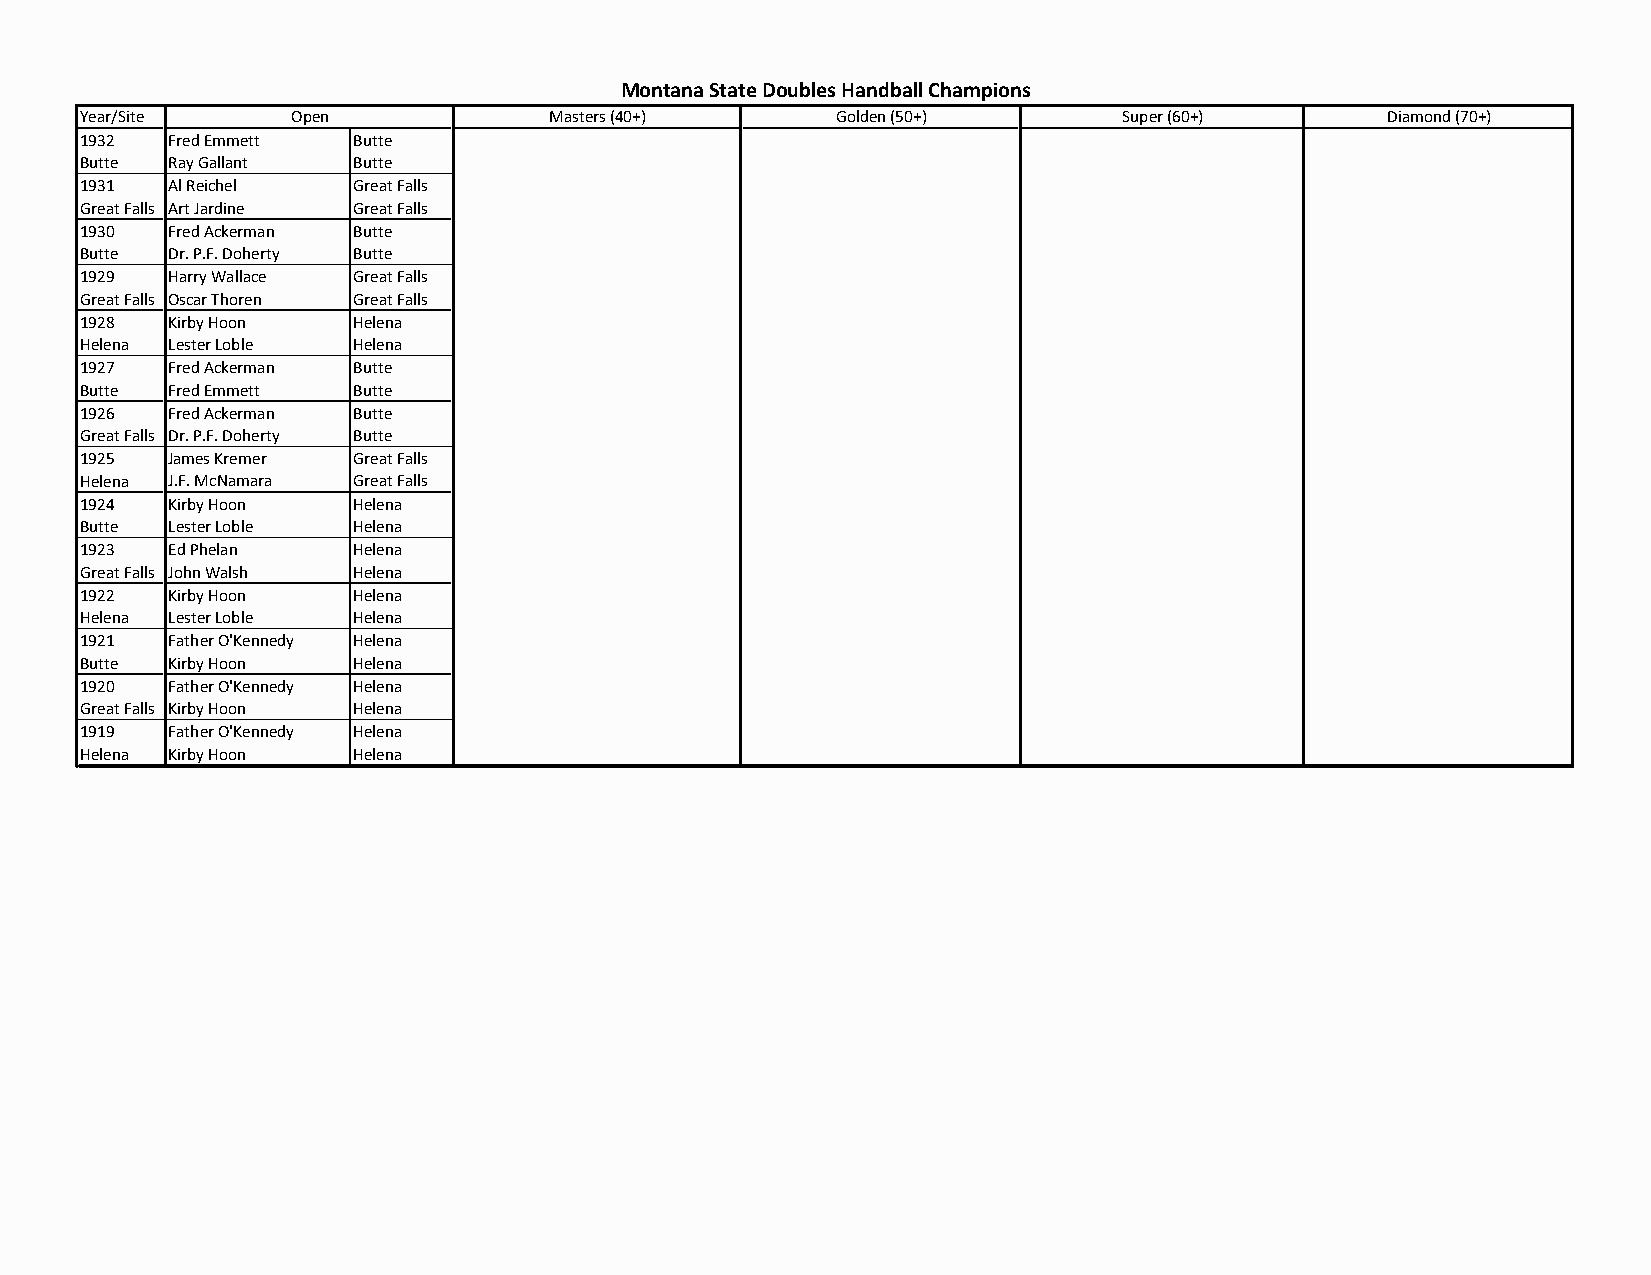
Montana State Doubles Handball Champions
 Year/Site     Open             Masters (40+)      Golden (50+)       Super (60+)       Diamond (70+)
 1932  Fred Emmett Butte
 Butte Ray Gallant Butte
 1931  Al Reichel  Great Falls
 Great Falls Art Jardine Great Falls
 1930  Fred Ackerman Butte
 Butte Dr. P.F. Doherty Butte
 1929  Harry Wallace Great Falls
 Great Falls Oscar Thoren Great Falls
 1928  Kirby Hoon  Helena
 Helena Lester Loble Helena
 1927  Fred Ackerman Butte
 Butte Fred Emmett Butte
 1926  Fred Ackerman Butte
 Great Falls Dr. P.F. Doherty Butte
 1925  James Kremer Great Falls
 Helena J.F. McNamara Great Falls
 1924  Kirby Hoon  Helena
 Butte Lester Loble Helena
 1923  Ed Phelan   Helena
 Great Falls John Walsh Helena
 1922  Kirby Hoon  Helena
 Helena Lester Loble Helena
 1921  Father O'Kennedy Helena
 Butte Kirby Hoon  Helena
 1920  Father O'Kennedy Helena
 Great Falls Kirby Hoon Helena
 1919  Father O'Kennedy Helena
 Helena Kirby Hoon Helena